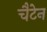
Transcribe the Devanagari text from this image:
चैटेन